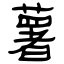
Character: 薯